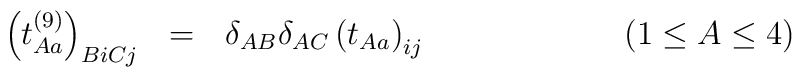
\left(t_{Aa}^{(9)}\right)_{BiCj}\ \ =\ \ \delta_{AB}\delta_{AC}\left(t_{Aa}\right)_{ij}\qquad\qquad\qquad(1\leq A\leq4)\qquad\qquad\qquad\quad